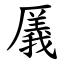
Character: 㕒